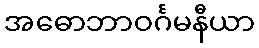
အဓောဘာဝင်္ဂမနီယာ